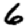
Digit: 6